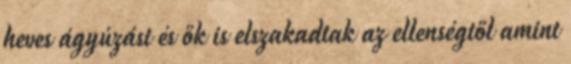
heves ágyúzást és ők is elszakadtak az ellenségtől amint